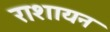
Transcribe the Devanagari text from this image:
राशायन